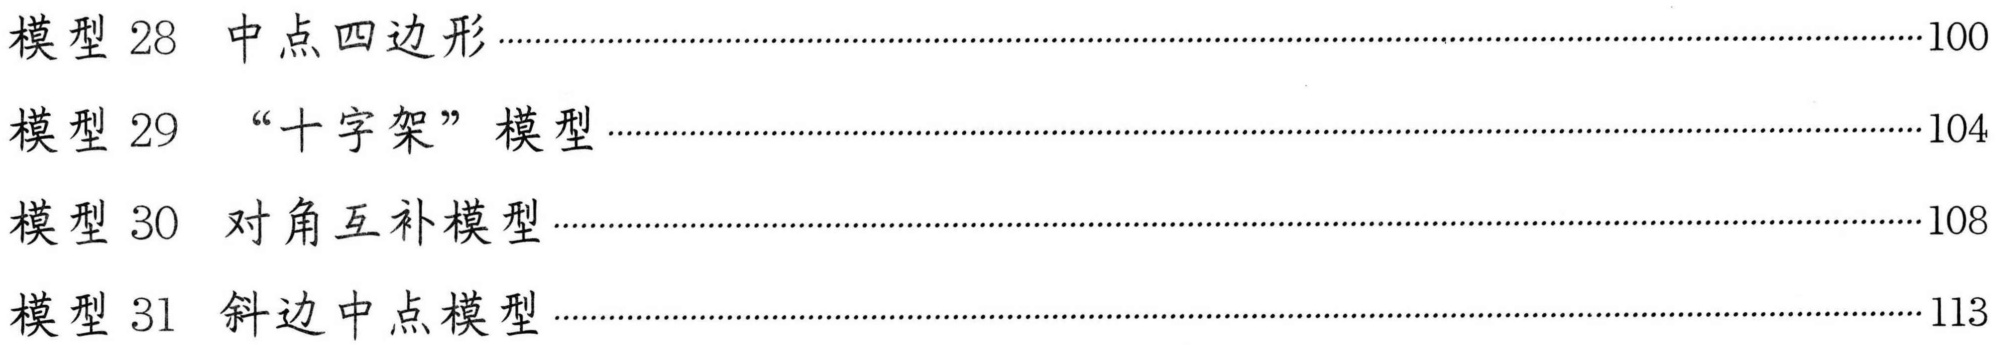
模型 28 中点四边形··················································································································································································································································································································································································································································································································································································································································································································································································································································································································································································································································································································································································································································································································································································································································································································································································································································································································································································································································································································································································································································································································································································································································································································································································································································································································································································································································································································································································································································································································································································································································································································································································································································································································································································································································································································································································································································································································································································································································································································································································································································································································································································································································································································································································································································································································································································································································································································································································································································································································································································································································································································································································································································································································································································································································································································································································································································································································································································································································································································································································································································································································································································································································································································································································································································································································································································································································································································································································································································································································································································································································································································································································································································································································································································································································································································································································································································································································································································································································································································································································································································································································································································································································································································································································································································································································